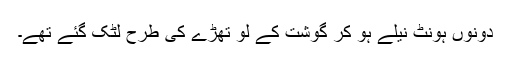
دونوں ہونٹ نیلے ہو کر گوشت کے لو تھڑے کی طرح لٹک گئے تھے۔